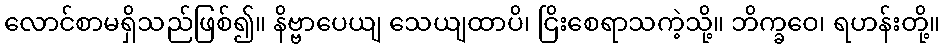
လောင်စာမရှိသည်ဖြစ်၍။ နိဗ္ဗာပေယျ သေယျထာပိ၊ ငြိးစေရာသကဲ့သို့။ ဘိက္ခဝေ၊ ရဟန်းတို့။